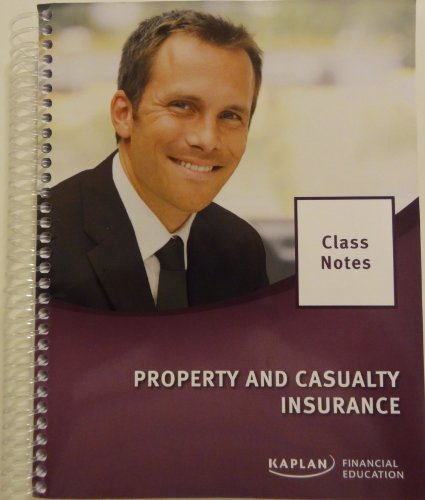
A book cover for National Property and Casualty Insurance Class Notes; Business & Money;